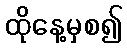
ထိုနေ့မှစ၍